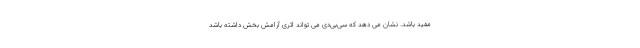
مفید باشد. نشان می دهد که سی‌بی‌دی می تواند اثری آرامش بخش داشته باشد